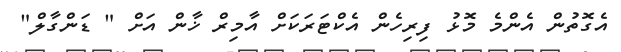
އެގޮތުން އެންމެ މޮޅު ފިރިހެން އެކްޓަރަކަށް އާމިރް ޚާން އަށް " ޑަންގާލް"